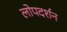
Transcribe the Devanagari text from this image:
लोपदर्शन